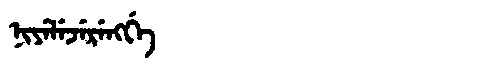
Manchu: ᠨᡳᠶᡝᠯᡝᠵᡝᡵᡝᠩᡤᡝ
Romanization: NIYELEJERENGGE